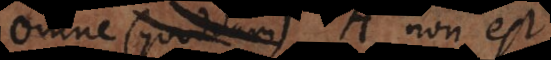
Omne quoddam A non est